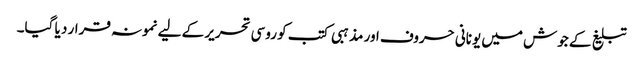
تبلیغ کے جوش میں یونانی حروف اور مذہبی کتب کو روسی تحریر کے لیے نمونہ قرار د یا گیا۔